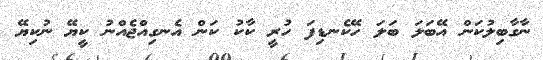
ނާގާބިލުކަން އޭބަލަ ބަލަ ހޭކެނޑިފަ ހުރީ ކާކު ކަން އެނގިއްޖެއްނު ކީޔޭ ނުކިޔޭ